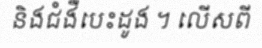
និងជំងឺបេះដូង ។ លើសពី